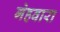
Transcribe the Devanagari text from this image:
गेहवारा